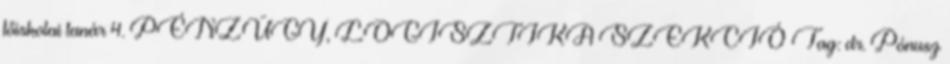
főiskolai tanár 4. PÉNZÜGY, LOGISZTIKA SZEKCIÓ Tag: dr. Pónusz